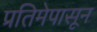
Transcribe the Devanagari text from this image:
प्रतिमेपासून